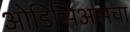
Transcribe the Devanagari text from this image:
ओडिसिअसचा